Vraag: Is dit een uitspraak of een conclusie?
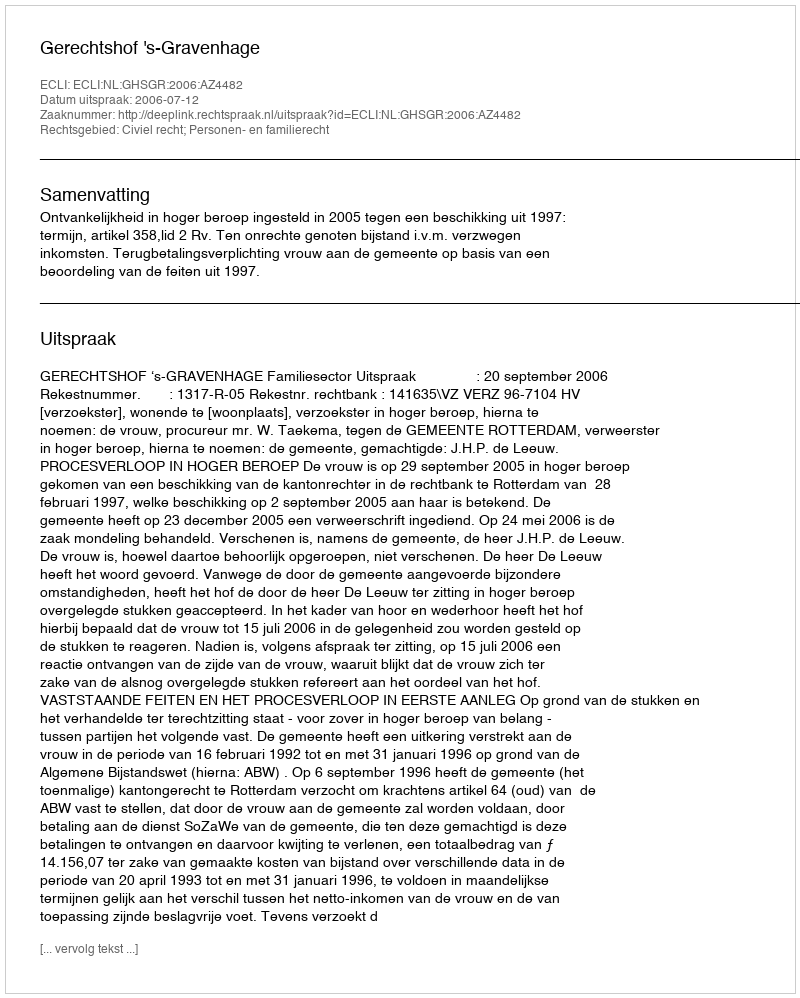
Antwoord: Uitspraak